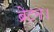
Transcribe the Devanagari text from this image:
ब्रेटन।